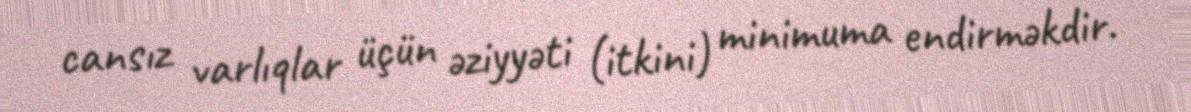
cansız varlıqlar üçün əziyyəti (itkini) minimuma endirməkdir.